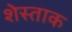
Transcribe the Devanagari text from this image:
शेस्ताक